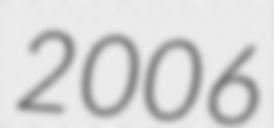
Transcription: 2006